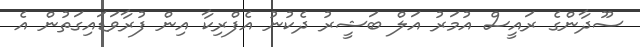
ސޫދާންގެ ރައީސް އުމަރު އަލް ބަޝީރު ދެކުނު އެފްރިކާ އިން ފުރާވަޑައިގަތުން އެ